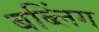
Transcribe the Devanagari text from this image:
बब्लिंग